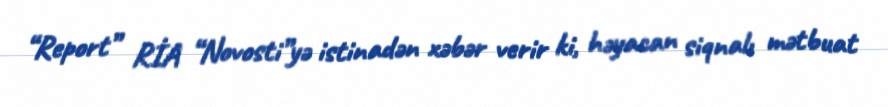
“Report” RİA “Novosti”yə istinadən xəbər verir ki, həyacan siqnalı mətbuat